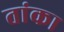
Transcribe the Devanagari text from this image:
तांका